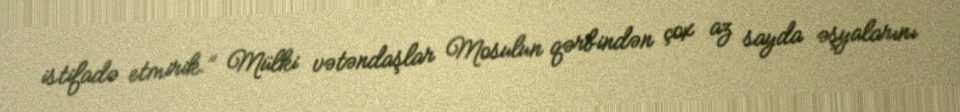
istifadə etmirik.” Mülki vətəndaşlar Mosulun qərbindən çox az sayda əşyalarını